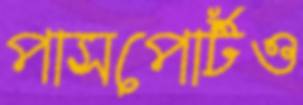
পাসপোর্টও